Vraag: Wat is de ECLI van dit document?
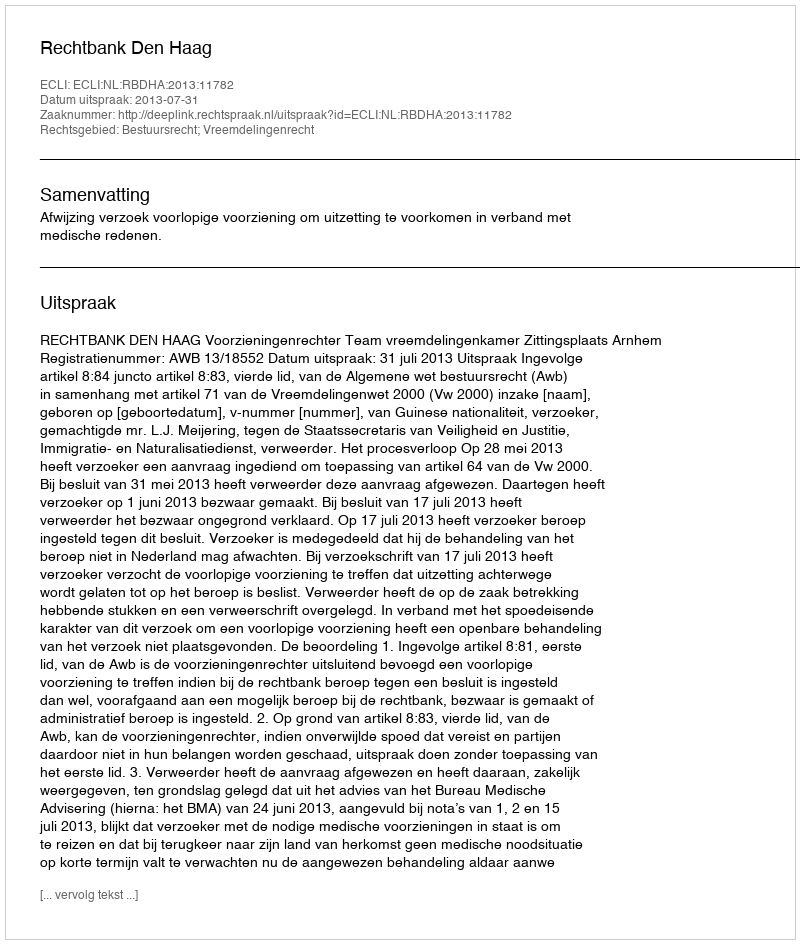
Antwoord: ECLI:NL:RBDHA:2013:11782